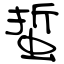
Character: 蜇